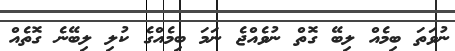
ނުވަތަ ބިމެއް ލިބޭ ގޮތް ނުވެއްޖެ ނަމަ ބިމެއްގެ ކުލި ލިބޭނެ ގޮތެއް